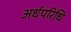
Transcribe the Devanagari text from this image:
अर्धपरिधि